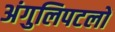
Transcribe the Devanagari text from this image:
अंगुलिपटलों